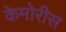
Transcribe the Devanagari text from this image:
केमोरीस